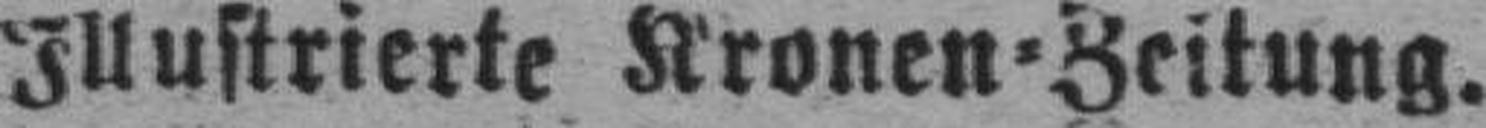
Illustrierte Kronen=Zeitung.